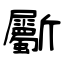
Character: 斸